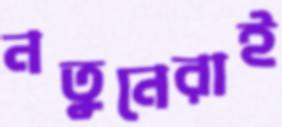
নতুনেরাই